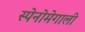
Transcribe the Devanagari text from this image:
स्पेनोमेगाली